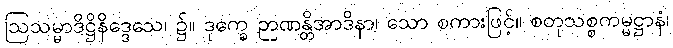
ဩသမ္မာဒိဋ္ဌိနိဒ္ဒေသေ၊ ၌။ ဒုက္ခေ ဉာဏန္တိအာဒိနာ၊ သော စကားဖြင့်။ စတုသစ္စကမ္မဋ္ဌာနံ၊